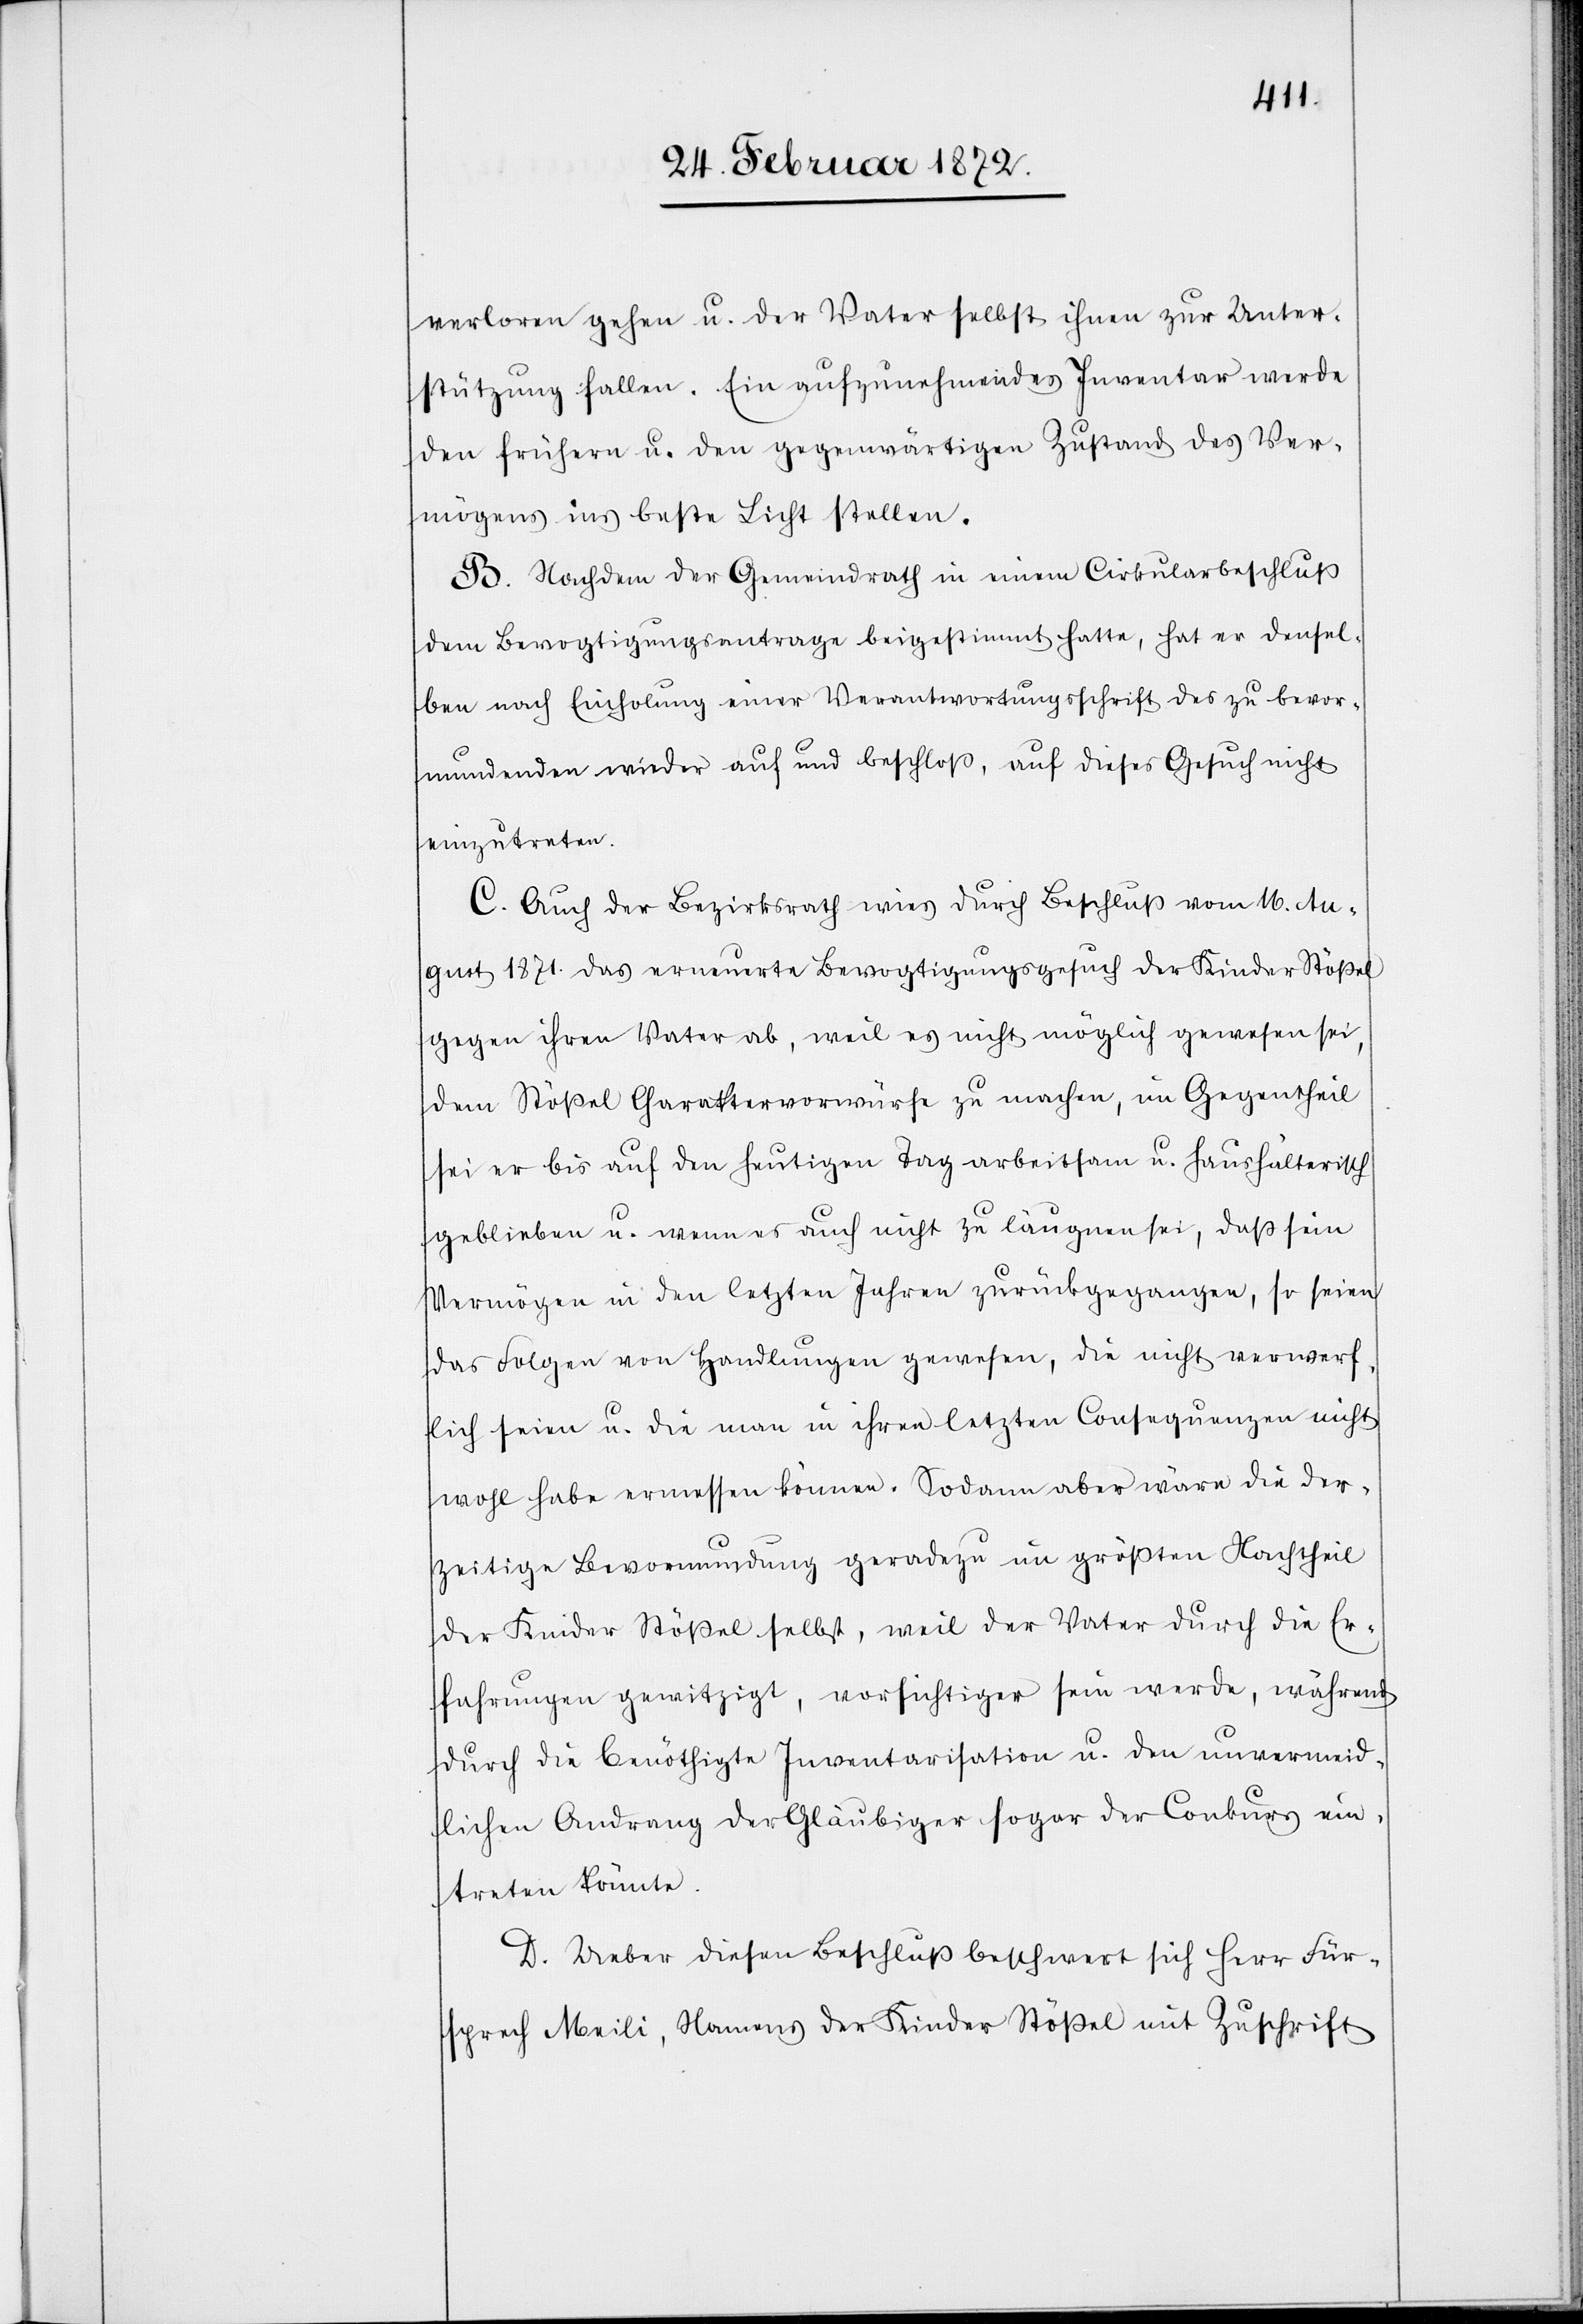
verloren gehen u. der Vater selbst ihnen zur Unter¬
stützung fallen. Ein aufzunehmendes Inventar werde
den frühern u. den gegenwärtigen Zustand des Ver¬
mögens ins beste Licht stellen.
B. Nachdem der Gemeindrath in einem Cirkularbeschluß
dem Bevogtigungsantrage beigestimmt hatte, hat er densel¬
ben nach Einholung einer Verantwortungsschrift des zu bevor¬
mundenden wieder auf [sic!] und beschloß, auf dieses Gesuch nicht
einzutreten.
C. Auch der Bezirksrath wies durch Beschluß vom 16. Au¬
gust 1871. das erneuerte Bevogtigungsgesuch der Kinder Stößel
gegen ihren Vater ab, weil es nicht möglich gewesen sei,
dem Stößel Charaktervorwürfe zu machen, im Gegentheil
sei er bis auf den heutigen Tag arbeitsam u. haushälterisch
geblieben u. wenn es auch nicht zu läugnen [sic!], daß sein
Vermögen in den letzten Jahren zurückgegangen, so seien
das Folgen von Handlungen gewesen, die nicht verwerf¬
lich seien u. die man in ihren letzten Consequenzen nicht
wohl habe ermessen können. Sodann aber wäre die der¬
zeitige Bevormundung geradezu im größten Nachtheil
der Kinder Stößel selbst, weil der Vater durch die Er¬
fahrungen gewitzigt, vorsichtiger sein werde, während
durch die benöthigte Inventarisation u. den unvermeid¬
lichen Andrang der Gläubiger sogar der Conkurs ein¬
treten könnte.
D. Ueber diesen Beschluß beschwert sich Herr Für¬
sprech Meili, Namens der Kinder Stößel mit Zuschrift